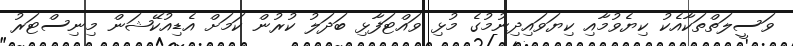
ވަސީލަތްތަކާއެކު ކިޔެވުމާއި ކިޔަވައިދިނުމުގެ މުޅި ވައްޓަފާޅި ބަދަލު ކުރުން ކަމަށް އެޑިއުކޭޝަން މިނިސްޓަރު